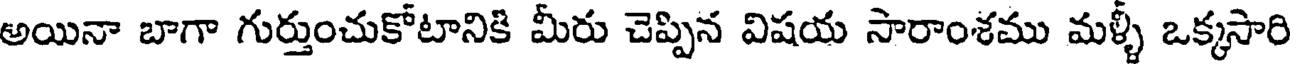
అయినా బాగా గుర్తుంచుకోటానికి మీరు చెప్పిన విషయ సారాంశము మళ్ళీ ఒక్కసారి